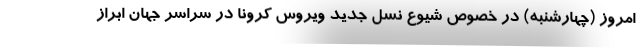
امروز (چهارشنبه) در خصوص شیوع نسل جدید ویروس کرونا در سراسر جهان ابراز